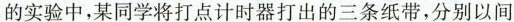
的实验中，某同学将打点计时器打出的三条纸带，分别以间